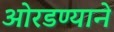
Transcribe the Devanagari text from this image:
ओरडण्याने